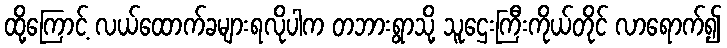
ထို့ကြောင့် လယ်ထောက်ခများရလိုပါက တဘားရွာသို့ သူဌေးကြီးကိုယ်တိုင် လာရောက်၍